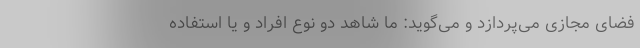
فضای مجازی می‌پردازد و می‌گوید: ما شاهد دو نوع افراد و یا استفاده